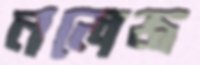
নলেজ